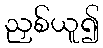
ညှစ်ယူ၍